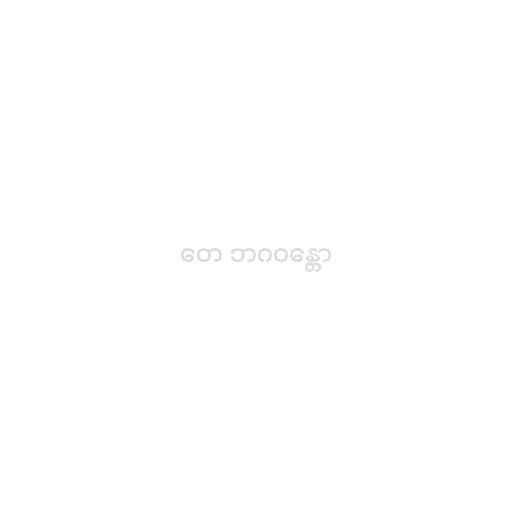
တေ ဘဂဝန္တော